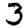
Digit: 3